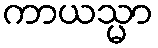
ကာယသ္မာ